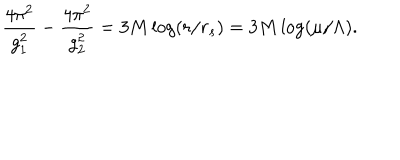
{ \frac { 4 \pi ^ { 2 } } { g _ { 1 } ^ { 2 } } } - { \frac { 4 \pi ^ { 2 } } { g _ { 2 } ^ { 2 } } } = 3 M \log ( r / r _ { s } ) = 3 M \log ( \mu / \Lambda ) .